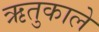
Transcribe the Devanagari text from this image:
ऋतुकाले